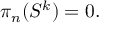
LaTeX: \pi _ { n } ( S ^ { k } ) = 0 .